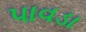
પાવડા